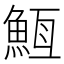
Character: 𮫵